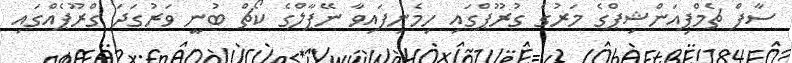
ސާފް ޗެމްޕިއަންޝިޕްގެ މަރުގެ ގުރޫޕްގައި ހިމެނިފައިވާ ނޭޕާލްގެ ކޯޗް ބުނީ ވަރުގަދަ ގްރޫޕެއްގައި